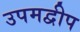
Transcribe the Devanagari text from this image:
उपमद्वीप